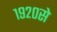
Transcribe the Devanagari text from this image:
१९२०से